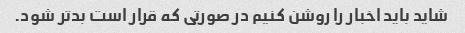
شاید باید اخبار را روشن کنیم در صورتی که قرار است بدتر شود.